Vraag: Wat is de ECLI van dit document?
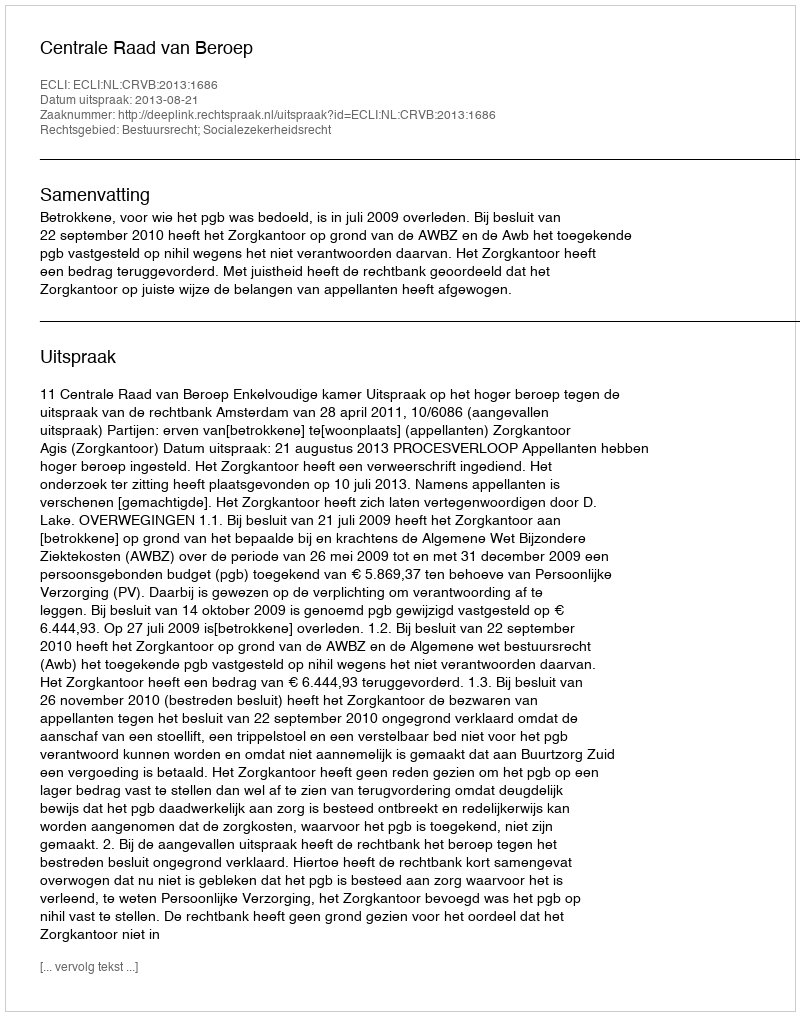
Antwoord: ECLI:NL:CRVB:2013:1686